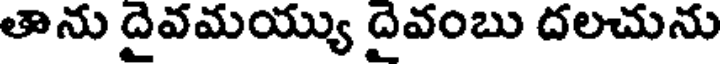
తాను దైవమయ్యు దైవంబు దలచును